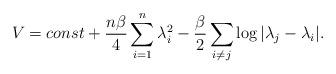
LaTeX: \begin{align*}V = const + \frac{n \beta}{4} \sum_{i = 1}^n \lambda_i^2 - \frac{\beta}{2}\sum_{i \ne j}{\log| \lambda_j - \lambda_i|}.\end{align*}